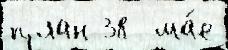
план 38  ма́е